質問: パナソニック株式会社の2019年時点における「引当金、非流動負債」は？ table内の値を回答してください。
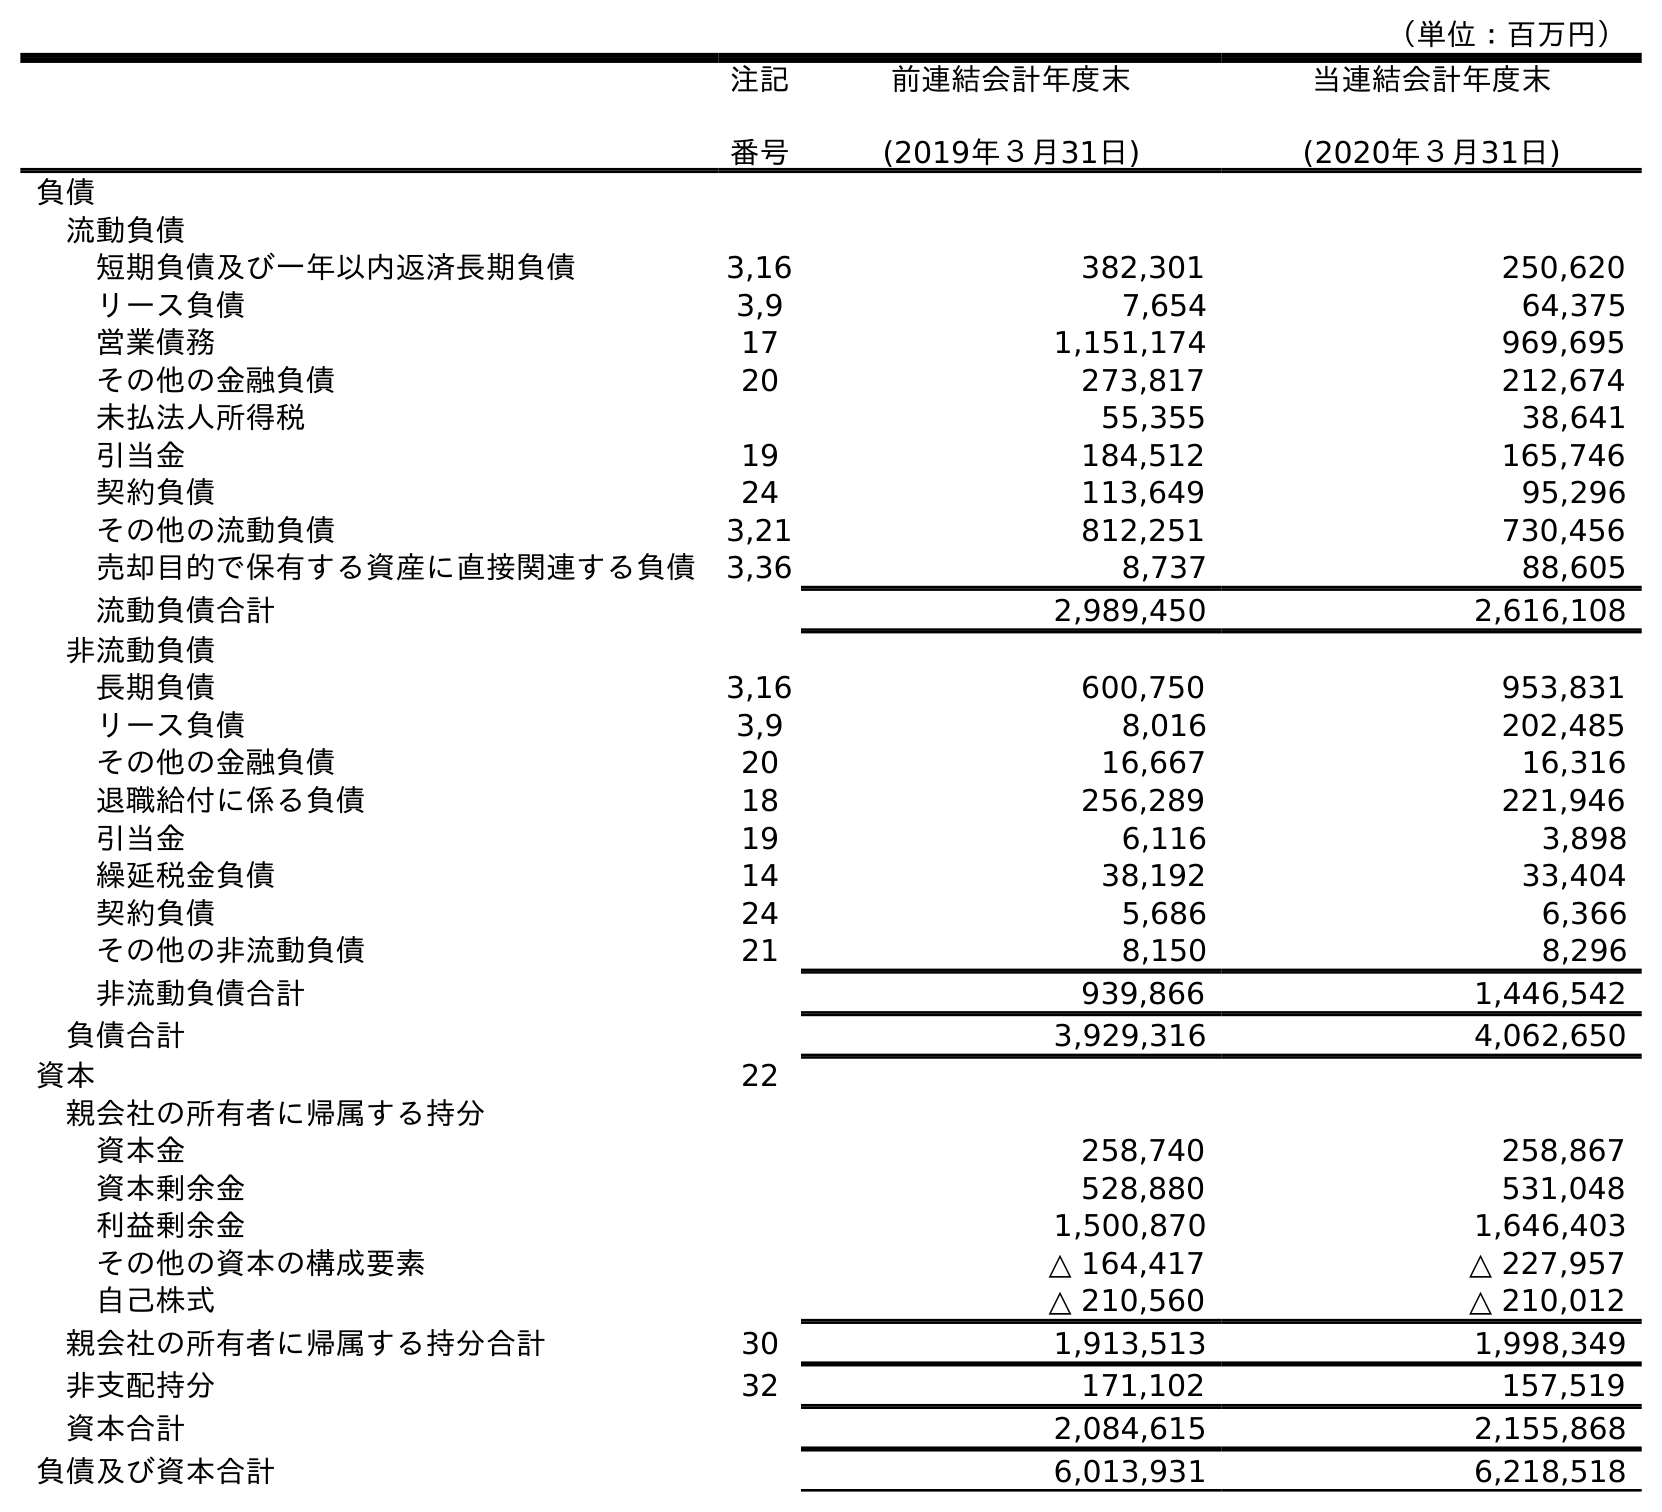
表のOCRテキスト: （単位：百万円） 注記 番号 前連結会計年度末 (2019年３月31日) 当連結会計年度末 (2020年３月31日) 負債 流動負債 短期負債及び一年以内返済長期負債 3,16 382,301 250,620 リース負債 3,9 7,654 64,375 営業債務 17 1,151,174 969,695 その他の金融負債 20 273,817 212,674 未払法人所得税 55,355 38,641 引当金 19 184,512 165,746 契約負債 24 113,649 95,296 その他の流動負債 3,21 812,251 730,456 売却目的で保有する資産に直接関連する負債 3,36 8,737 88,605 流動負債合計 2,989,450 2,616,108 非流動負債 長期負債 3,16 600,750 953,831 リース負債 3,9 8,016 202,485 その他の金融負債 20 16,667 16,316 退職給付に係る負債 18 256,289 221,946 引当金 19 6,116 3,898 繰延税金負債 14 38,192 33,404 契約負債 24 5,686 6,366 その他の非流動負債 21 8,150 8,296 非流動負債合計 939,866 1,446,542 負債合計 3,929,316 4,062,650 資本 22 親会社の所有者に帰属する持分 資本金 258,740 258,867 資本剰余金 528,880 531,048 利益剰余金 1,500,870 1,646,403 その他の資本の構成要素 △ 164,417 △ 227,957 自己株式 △ 210,560 △ 210,012 親会社の所有者に帰属する持分合計 30 1,913,513 1,998,349 非支配持分 32 171,102 157,519 資本合計 2,084,615 2,155,868 負債及び資本合計 6,013,931 6,218,518
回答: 6,116